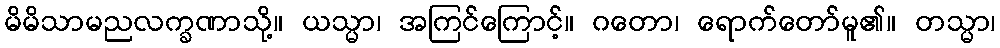
မိမိသာမညလက္ခဏာသို့။ ယသ္မာ၊ အကြင်ကြောင့်။ ဂတော၊ ရောက်တော်မူ၏။ တသ္မာ၊